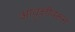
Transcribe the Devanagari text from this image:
आवृत्तीवरून